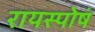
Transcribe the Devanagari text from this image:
रायस्पोषं